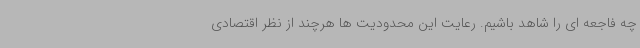
چه فاجعه ای را شاهد باشیم. رعایت این محدودیت ها هرچند از نظر اقتصادی